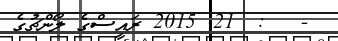
-   :  21